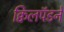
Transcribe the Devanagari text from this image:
क्विलपॅडने